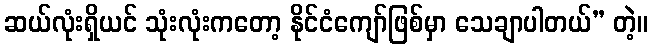
ဆယ်လုံးရှိယင် သုံးလုံးကတော့ နိုင်ငံကျော်ဖြစ်မှာ သေချာပါတယ်” တဲ့။